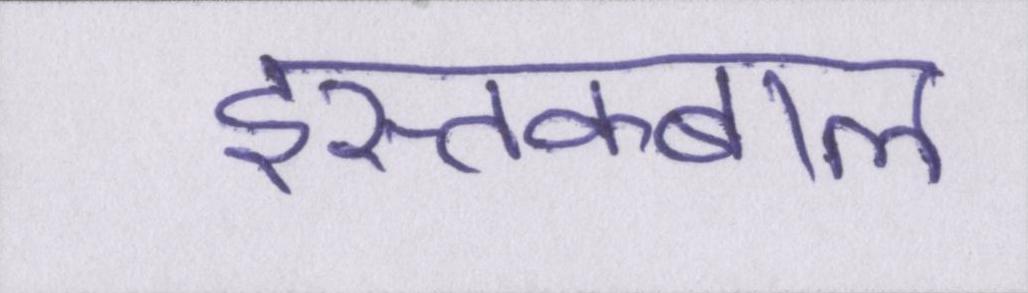
इस्तक्बाल